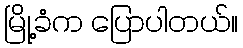
မြို့ခံက ပြောပါတယ်။